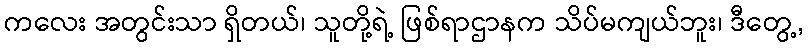
ကလေး အတွင်းသာ ရှိတယ်၊ သူတို့ရဲ့ ဖြစ်ရာဌာနက သိပ်မကျယ်ဘူး၊ ဒီတွေ့,